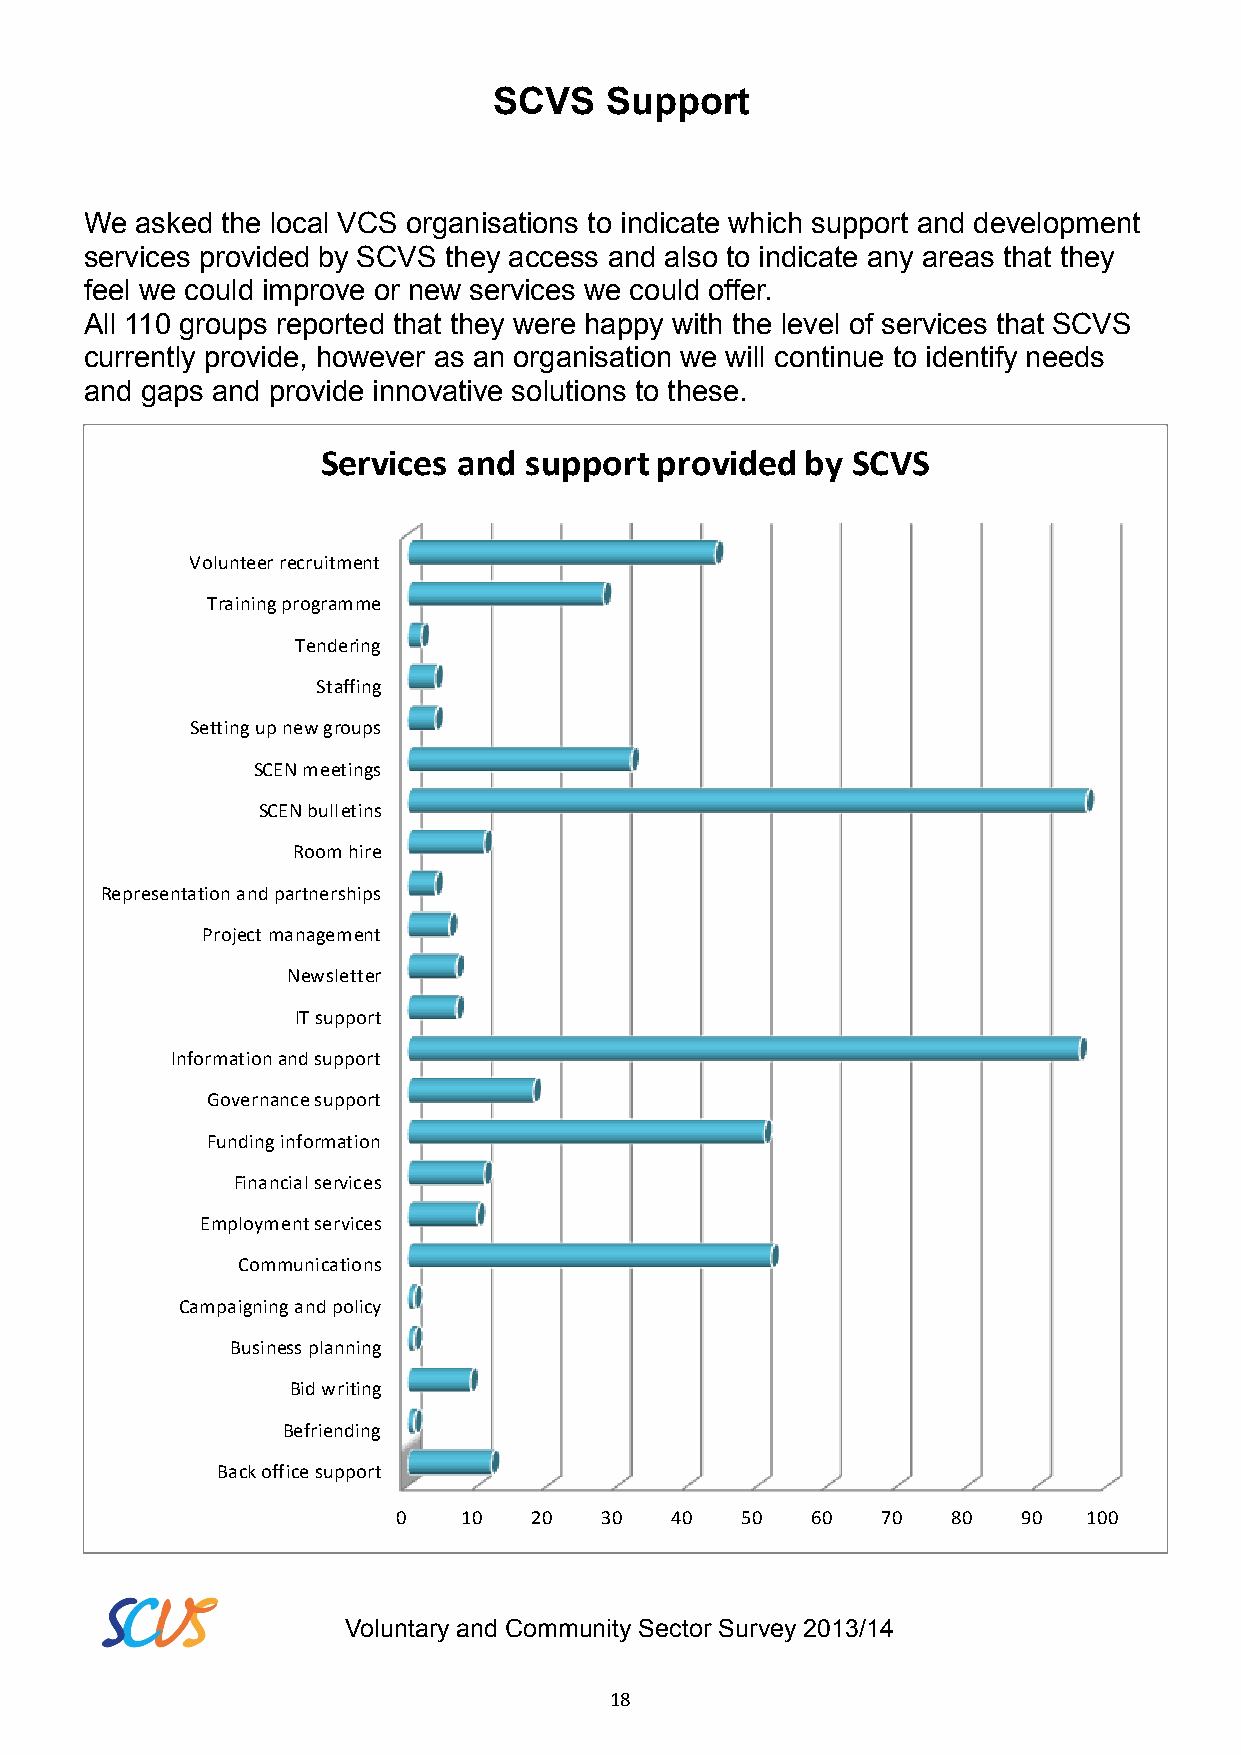
SCVS   Support
 We asked the local VCS organisations to indicate which support and development
 services provided by SCVS they access and also to indicate any areas that they
 feel we could improve or new services we could offer.
 All 110 groups reported that they were happy with the level of services that SCVS
 currently provide, however as an organisation we will continue to identify needs
 and gaps and provide innovative solutions to these.
 Services and  support provided  by SCVS
 Volunteer recruitment
 Training programme
 Tendering
 Staffing
 Setting up new groups
 SCEN meetings
 SCEN bulletins
 Room hire
 Representation and partnerships
 Project management
 Newsletter
 IT support
 Information and support
 Governance support
 Funding information
 Financial services
 Employment services
 Communications
 Campaigning and policy
 Business planning
 Bid writing
 Befriending
 Back office support
 0   10   20   30  40   50   60  70   80   90  100
 Voluntary and Community Sector Survey 2013/14
 18